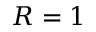
R = 1